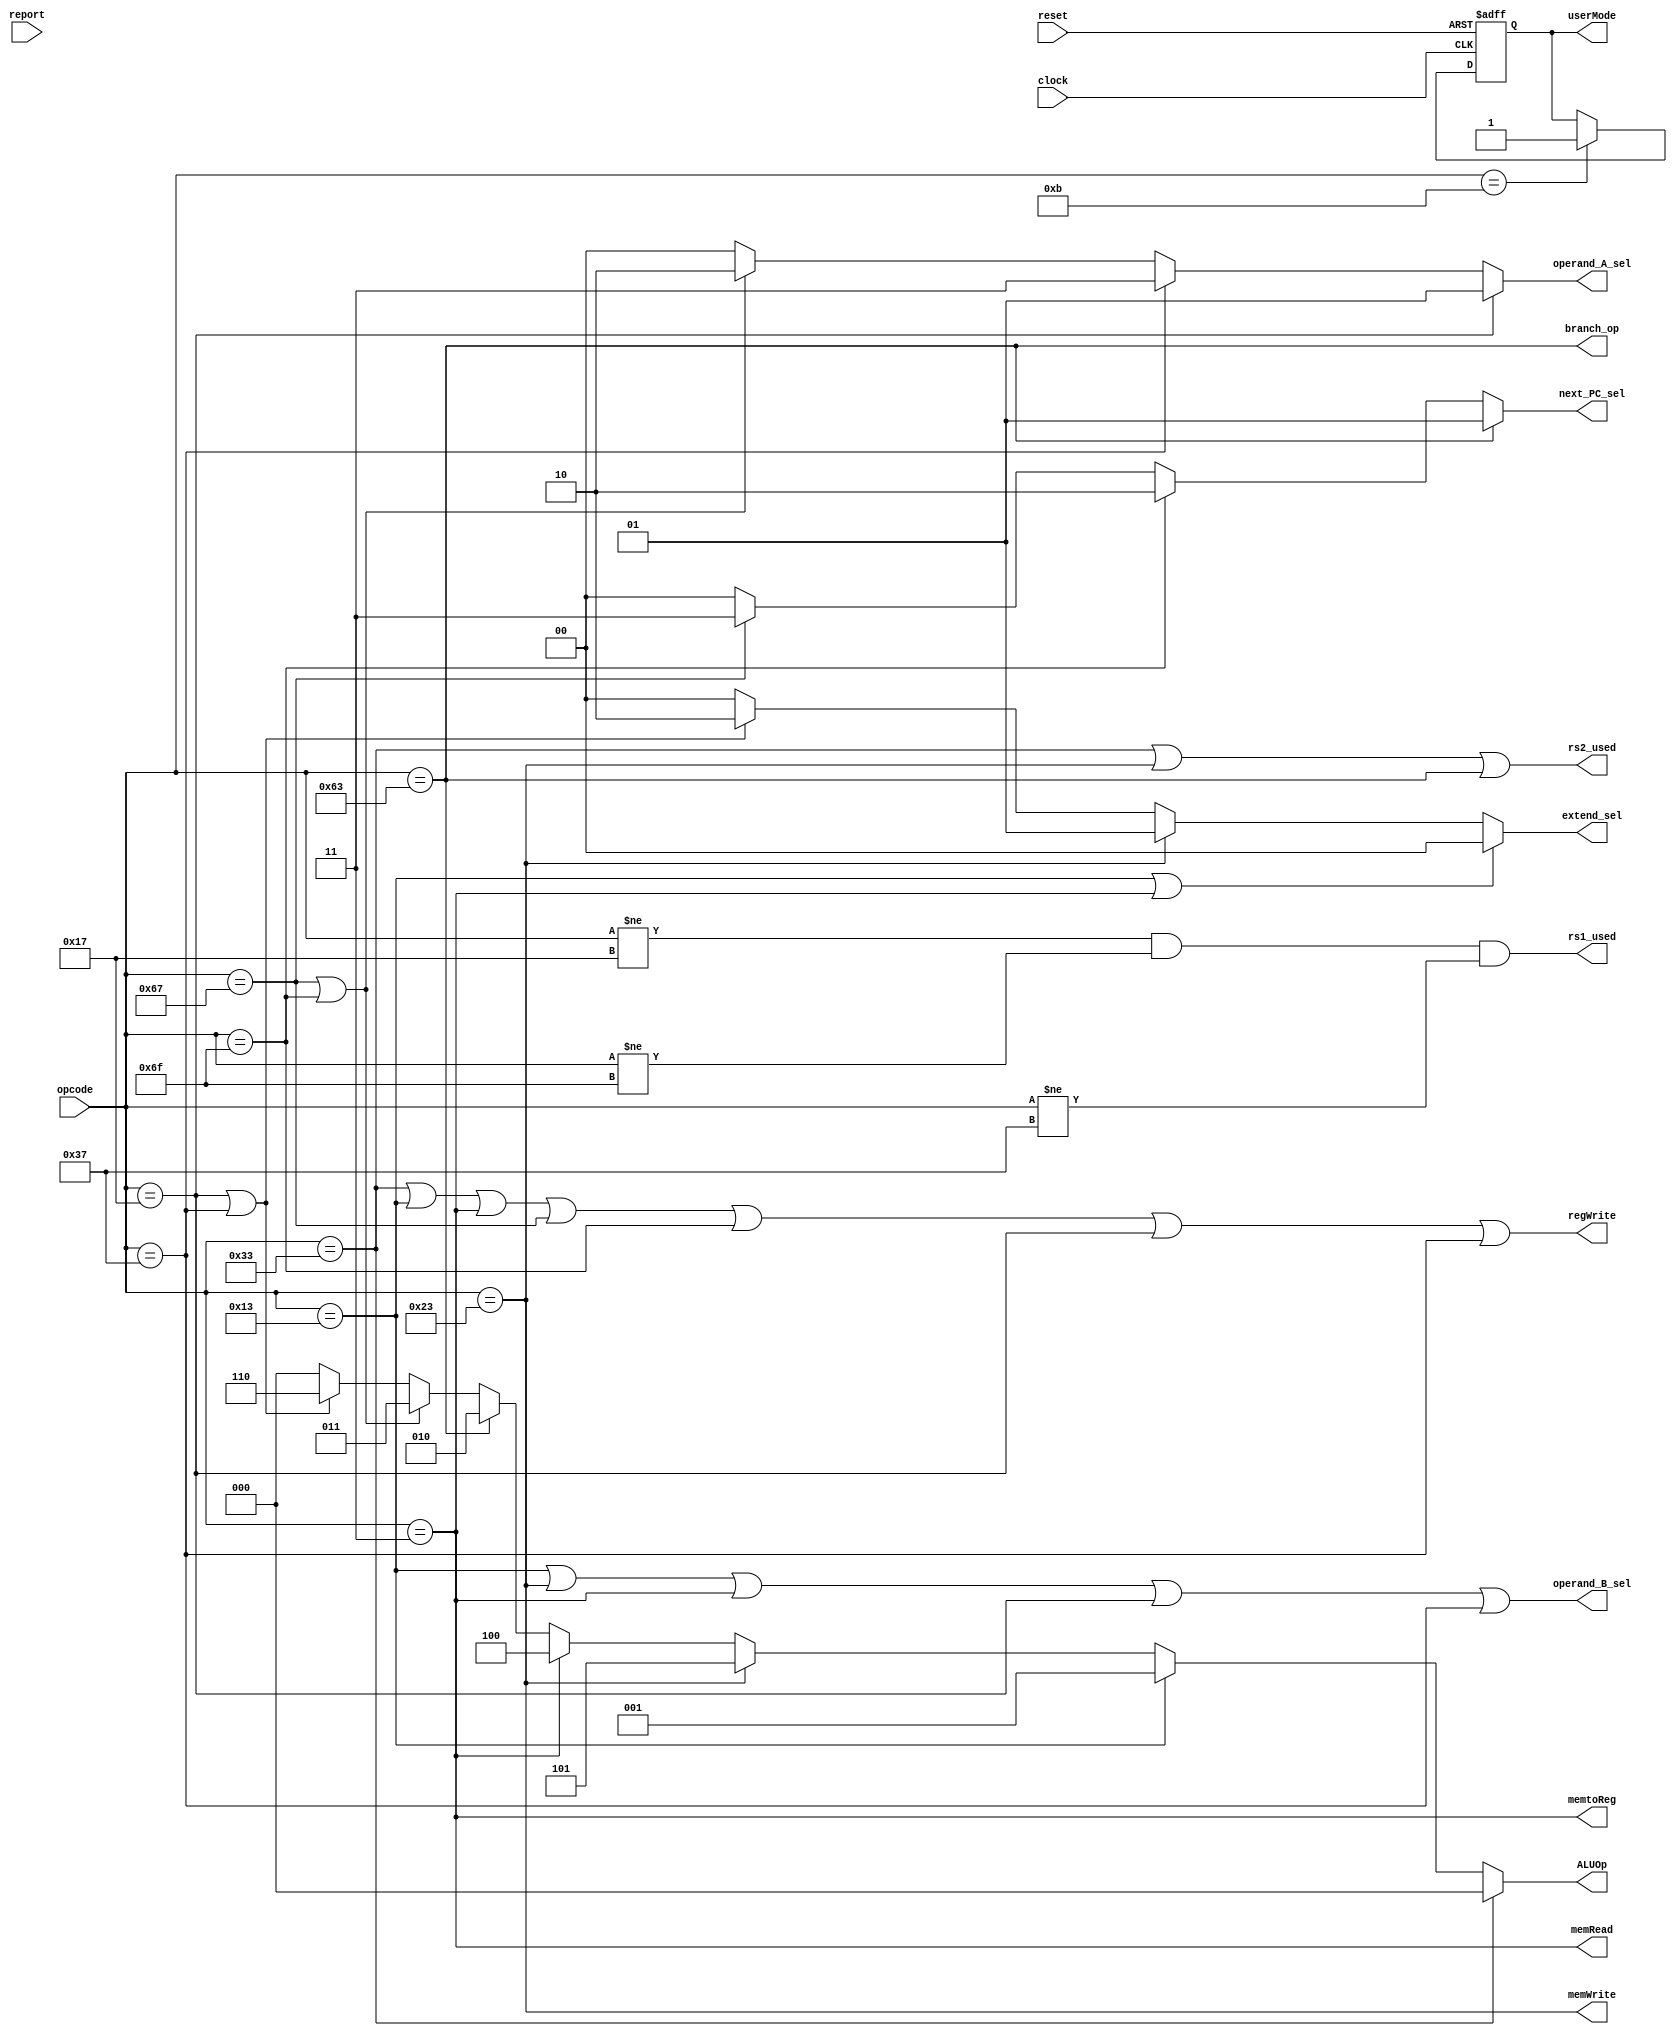
/*  @author : Adaptive & Secure Computing Systems (ASCS) Laboratory

 *  Copyright (c) 2018 BRISC-V (ASCS/ECE/BU)
 *  Permission is hereby granted, free of charge, to any person obtaining a copy
 *  of this software and associated documentation files (the "Software"), to deal
 *  in the Software without restriction, including without limitation the rights
 *  to use, copy, modify, merge, publish, distribute, sublicense, and/or sell
 *  copies of the Software, and to permit persons to whom the Software is
 *  furnished to do so, subject to the following conditions:
 *  The above copyright notice and this permission notice shall be included in
 *  all copies or substantial portions of the Software.
 z
 *  THE SOFTWARE IS PROVIDED "AS IS", WITHOUT WARRANTY OF ANY KIND, EXPRESS OR
 *  IMPLIED, INCLUDING BUT NOT LIMITED TO THE WARRANTIES OF MERCHANTABILITY,
 *  FITNESS FOR A PARTICULAR PURPOSE AND NONINFRINGEMENT. IN NO EVENT SHALL THE
 *  AUTHORS OR COPYRIGHT HOLDERS BE LIABLE FOR ANY CLAIM, DAMAGES OR OTHER
 *  LIABILITY, WHETHER IN AN ACTION OF CONTRACT, TORT OR OTHERWISE, ARISING FROM,
 *  OUT OF OR IN CONNECTION WITH THE SOFTWARE OR THE USE OR OTHER DEALINGS IN
 *  THE SOFTWARE.
 *
 *
 */

/*********************************************************************************
*                              control_unit.v                                    *
*********************************************************************************/


module control_unit #(
  parameter CORE = 0,
  PRINT_CYCLES_MIN = 1,
  PRINT_CYCLES_MAX = 1000
) (
  input clock,
  input reset,
  input [6:0] opcode,

  output branch_op,
  output memRead,
  output memtoReg,
  output [2:0] ALUOp,
  output memWrite,
  output [1:0] next_PC_sel,
  output [1:0] operand_A_sel,
  output operand_B_sel,
  output [1:0] extend_sel,
  output regWrite,
  output rs1_used,
  output rs2_used,
  output reg userMode,
  input  report

);

localparam [6:0]R_TYPE  = 7'b0110011,
                I_TYPE  = 7'b0010011,
                STORE   = 7'b0100011,
                LOAD    = 7'b0000011,
                BRANCH  = 7'b1100011,
                JALR    = 7'b1100111,
                JAL     = 7'b1101111,
                AUIPC   = 7'b0010111,
                LUI     = 7'b0110111,
                FENCES  = 7'b0001111,
                SYSCALL = 7'b1110011,
                USERMODE = 7'b0001011; //addition of new opcode for user mode using custom0 extension

always @(posedge clock or posedge reset) begin
  if (reset) begin
    userMode <= 1'b0;
  end else begin
    if (opcode == USERMODE) begin
      userMode <= 1;
    end
  end
end

assign regWrite      = (opcode == R_TYPE) | (opcode == I_TYPE) | (opcode == LOAD)  |
                       (opcode == JALR)   | (opcode == JAL)    | (opcode == AUIPC) |
                       (opcode == LUI);
assign memWrite      = (opcode == STORE);
assign branch_op     = (opcode == BRANCH);
assign memRead       = (opcode == LOAD);
assign memtoReg      = (opcode == LOAD);

assign ALUOp         = (opcode == R_TYPE)?  3'b000 :
                       (opcode == I_TYPE)?  3'b001 :
                       (opcode == STORE) ?  3'b101 :
                       (opcode == LOAD)  ?  3'b100 :
                       (opcode == BRANCH)?  3'b010 :
                       ((opcode == JALR)  | (opcode == JAL))? 3'b011 :
                       ((opcode == AUIPC) | (opcode == LUI))? 3'b110 : 3'b000;

assign operand_A_sel = (opcode == AUIPC) ?  2'b01 :
                       (opcode == LUI)   ?  2'b11 :
                       (opcode == JALR)  | (opcode == JAL) ?  2'b10 : 2'b00;

assign operand_B_sel = (opcode == I_TYPE) | (opcode == STORE) |
                       (opcode == LOAD)   | (opcode == AUIPC) |
                       (opcode == LUI);

assign extend_sel    = (opcode == I_TYPE) | (opcode == LOAD) ? 2'b00 :
                       (opcode == STORE)                     ? 2'b01 :
                       (opcode == AUIPC) | (opcode == LUI)   ? 2'b10 :
                       2'b00;

assign next_PC_sel   = (opcode == BRANCH) ? 2'b01 :
                       (opcode == JAL)    ? 2'b10 :
                       (opcode == JALR)   ? 2'b11 :
                       2'b00;

assign rs1_used      = (opcode != AUIPC) & (opcode != JAL) & (opcode != LUI);

assign rs2_used      = (opcode == R_TYPE) | (opcode == STORE) | (opcode == BRANCH);

reg [31: 0] cycles;
always @ (posedge clock) begin
    cycles <= reset? 0 : cycles + 1;
    //if (report & ((cycles >=  PRINT_CYCLES_MIN) & (cycles < PRINT_CYCLES_MAX +1)))begin
    if (report)begin
        $display ("------ Core %d Control Unit - Current Cycle %d ------", CORE, cycles);
        $display ("| Opcode      [%b]", opcode);
        $display ("| Branch_op   [%b]", branch_op);
        $display ("| memRead     [%b]", memRead);
        $display ("| memtoReg    [%b]", memtoReg);
        $display ("| memWrite    [%b]", memWrite);
        $display ("| RegWrite    [%b]", regWrite);
        $display ("| ALUOp       [%b]", ALUOp);
        $display ("| Extend_sel  [%b]", extend_sel);
        $display ("| ALUSrc_A    [%b]", operand_A_sel);
        $display ("| ALUSrc_B    [%b]", operand_B_sel);
        $display ("| Next PC     [%b]", next_PC_sel);
        $display ("| UserMode    [%b]", userMode);
        $display ("----------------------------------------------------------------------");
    end
end
endmodule